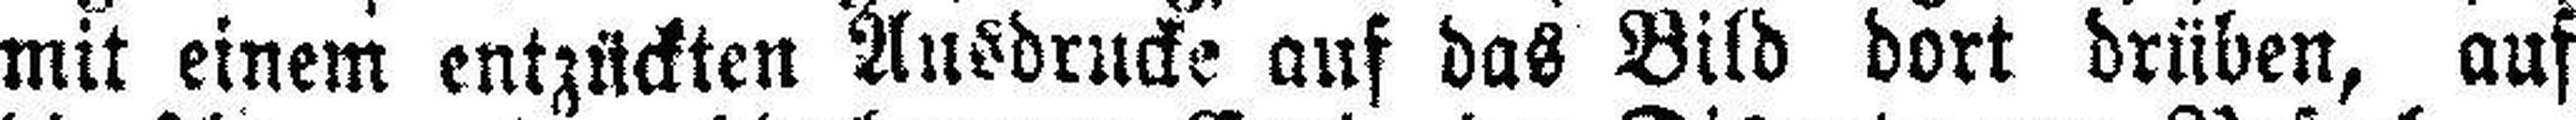
mit einem entzückten Ausdrucke auf das Bild dort drüben, auf